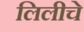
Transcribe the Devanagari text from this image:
लिलीचे